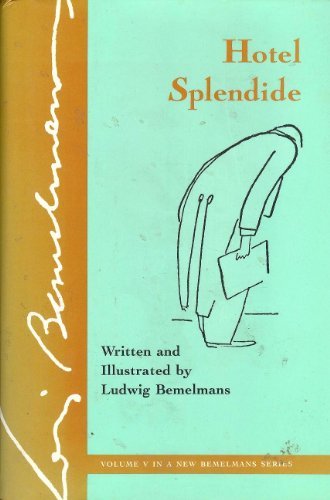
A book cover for Hotel Splendide, Vol. 5; Ludwig Bemelmans; Cookbooks, Food & Wine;